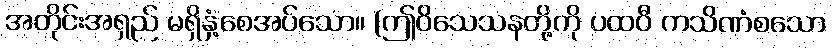
အတိုင်းအရှည် မရှိနှံ့စေအပ်သော။ (ဤဝိသေသနတို့ကို ပထဝီ ကသိဏံစသော